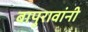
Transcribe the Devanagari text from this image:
बापुरावांनी